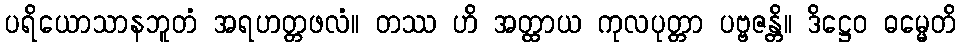
ပရိယောသာနဘူတံ အရဟတ္တဖလံ။ တဿ ဟိ အတ္ထာယ ကုလပုတ္တာ ပဗ္ဗဇန္တိ။ ဒိဋ္ဌေဝ ဓမ္မေတိ